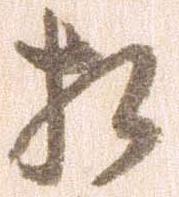
相